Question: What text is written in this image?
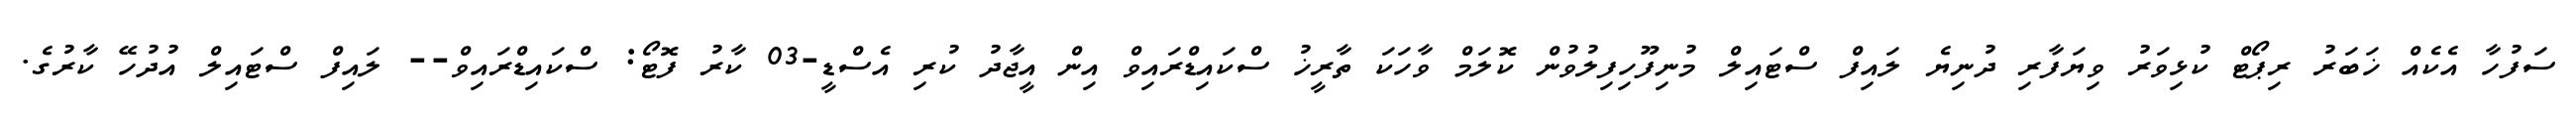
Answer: ސަފުހާ އެކެއް ޚަބަރު ރިޕޯޓް ކުޅިވަރު ވިޔަފާރި ދުނިޔެ ލައިފް ސްޓައިލް މުނިފޫހިފިލުވުން ކޮލަމް ވާހަކަ ތާރީޚު ސްކައިޑްރައިވް އިން އީޖާދު ކުރި އެސްޑީ-03 ކާރު ފޮޓޯ: ސްކައިޑްރައިވް-- ލައިފް ސްޓައިލް އުދުހޭ ކާރުގެ.